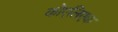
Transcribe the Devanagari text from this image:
कोएलिएक